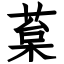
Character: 葈